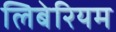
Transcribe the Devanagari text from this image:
लिबेरियम